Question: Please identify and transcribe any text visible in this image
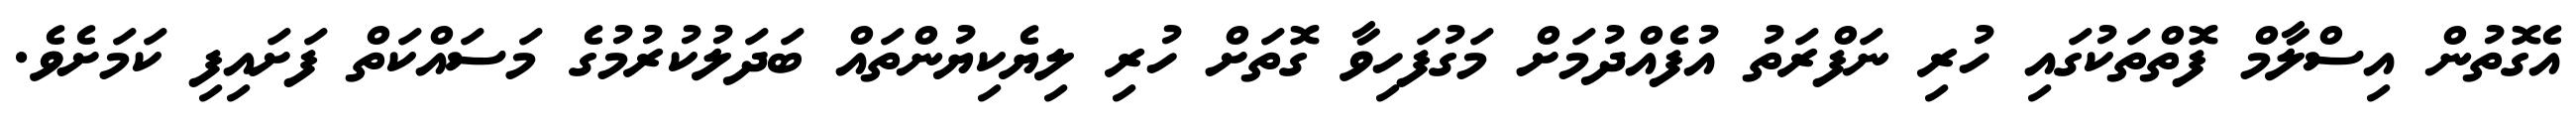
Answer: އެގޮތުން އިސްލާމް ފޮތްތަކުގައި ހުރި ނަފްރަތު އުފެއްދުމަށް މަގުފަހިވާ ގޮތަށް ހުރި ލިޔެކިޔުންތައް ބަދަލުކުރުމުގެ މަސައްކަތް ފަށައިފި ކަމަށެވެ.